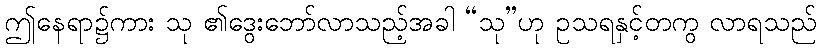
ဤနေရာ၌ကား သု ၏ဒွေးဘော်လာသည့်အခါ “သု”ဟု ဥသရနှင့်တကွ လာရသည်